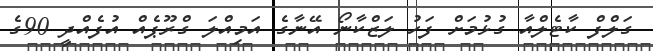
ގަލްފް ކާޓެލްއާ ގުޅުމަށް ފަހު ލަޒްކާނޯ އޭނާގެ އަމިއްލަ ގްރޫޕެއް އުފެއްދީ 90ގެ